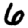
Digit: 6